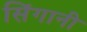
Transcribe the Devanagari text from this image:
सिंगानी